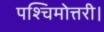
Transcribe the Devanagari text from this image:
पश्चिमोत्तरी।